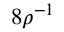
8 \rho ^ { - 1 }